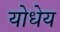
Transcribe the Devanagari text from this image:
योधेय